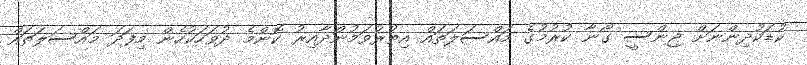
ކުޑަކުދިންނަށް ޖިންސީ ގޯނާ ކުރުމުގެ މައްސަލަތައް އިތުރުވަމުންދާއިރު ކޮންމެ ދުވަހަކުހެން މިފަދަ މައްސަލަތައް